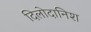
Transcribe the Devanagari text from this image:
दिलोदानिश